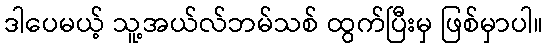
ဒါပေမယ့် သူ့အယ်လ်ဘမ်သစ် ထွက်ပြီးမှ ဖြစ်မှာပါ။